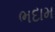
ભદામ